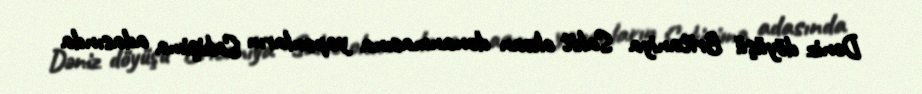
Dəniz döyüşü Britaniya Sakit okean donanmasına yaponların Sakişima adasında